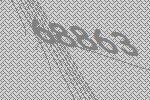
68863